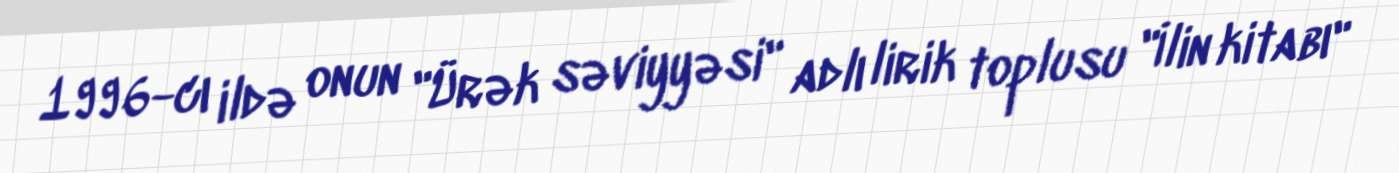
1996-cı ildə onun "Ürək səviyyəsi" adlı lirik toplusu "İlin kitabı"